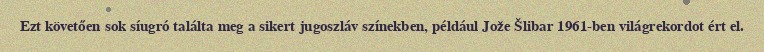
Ezt követően sok síugró találta meg a sikert jugoszláv színekben, például Jože Šlibar 1961-ben világrekordot ért el.